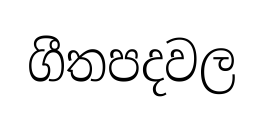
ගීතපදවල